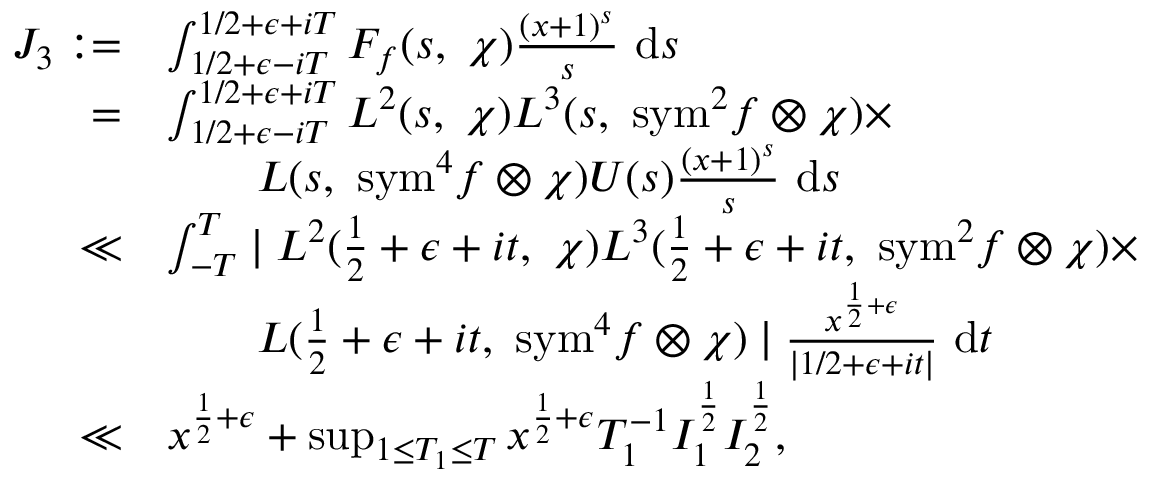
\begin{array} { r l } { J _ { 3 } : = } & { \int _ { 1 / 2 + \epsilon - i T } ^ { 1 / 2 + \epsilon + i T } F _ { f } ( s , \ \chi ) \frac { ( x + 1 ) ^ { s } } { s } \ \mathrm { d } s } \\ { = } & { \int _ { 1 / 2 + \epsilon - i T } ^ { 1 / 2 + \epsilon + i T } L ^ { 2 } ( s , \ \chi ) L ^ { 3 } ( s , \ { \mathrm { s y m } ^ { 2 } } f \otimes \chi ) \times } \\ & { \qquad L ( s , \ \mathrm { { s y m } } ^ { 4 } f \otimes \chi ) U ( s ) \frac { ( x + 1 ) ^ { s } } { s } \ \mathrm { d } s } \\ { \ll } & { \int _ { - T } ^ { T } \mid L ^ { 2 } ( \frac { 1 } { 2 } + \epsilon + i t , \ \chi ) L ^ { 3 } ( \frac { 1 } { 2 } + \epsilon + i t , \ { \mathrm { s y m } } ^ { 2 } f \otimes \chi ) \times } \\ & { \qquad L ( \frac { 1 } { 2 } + \epsilon + i t , \ { \mathrm { s y m } } ^ { 4 } f \otimes \chi ) \mid \frac { x ^ { \frac { 1 } { 2 } + \epsilon } } { \mid 1 / 2 + \epsilon + i t \mid } \ \mathrm { d } t } \\ { \ll } & { x ^ { \frac { 1 } { 2 } + \epsilon } + \operatorname* { s u p } _ { 1 \leq T _ { 1 } \leq T } x ^ { \frac { 1 } { 2 } + \epsilon } T _ { 1 } ^ { - 1 } I _ { 1 } ^ { \frac { 1 } { 2 } } I _ { 2 } ^ { \frac { 1 } { 2 } } , } \end{array}